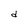
Character: d